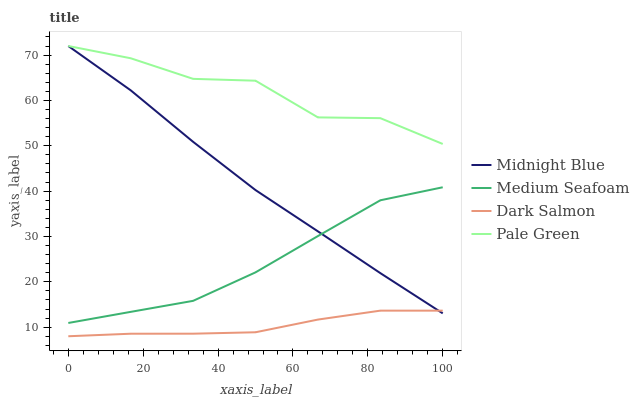
| xaxis_label | Midnight Blue | Medium Seafoam | Dark Salmon | Pale Green |
 | --- | --- | --- | --- | --- |
 | 0 | 72 | 10.9 | 8 | 72 |
 | 16.7 | 62.2 | 13.4 | 8.56 | 69.3 |
 | 33.3 | 50.9 | 15.8 | 8.57 | 64.8 |
 | 50 | 40.2 | 22.1 | 8.88 | 64.3 |
 | 66.7 | 31.1 | 30.1 | 11.7 | 56.3 |
 | 83.3 | 21.9 | 38 | 13.6 | 56.1 |
 | 100 | 13 | 40.9 | 13.6 | 50.4 |